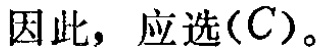
因此，应选\((C)\)。